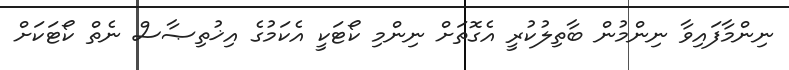
ނިންމާފައިވާ ނިންމުން ބާތިލުކުރީ އެގޮތަށް ނިންމި ކޯޓަކީ އެކަމުގެ އިޚުތިޞާސް ނެތް ކޯޓަކަށް